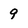
Character: 9